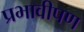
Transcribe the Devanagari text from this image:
प्रभावीपण